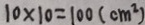
1 0 \times 1 0 = 1 0 0 ( c m ^ { 2 } )